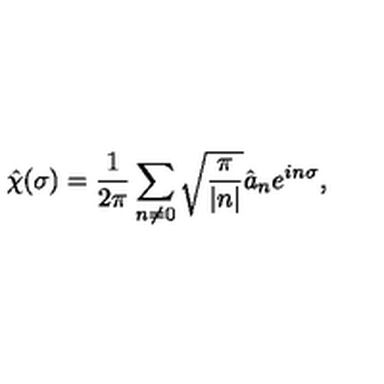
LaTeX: \hat { \chi } ( \sigma ) = \frac { 1 } { 2 \pi } \sum _ { n \ne 0 } \sqrt { \frac { \pi } { | n | } } \hat { a } _ { n } e ^ { i n \sigma } ,